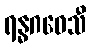
ရန္ဓဂဝေသီ